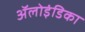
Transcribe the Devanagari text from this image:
ॲलोइंडिका